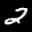
Label: 2